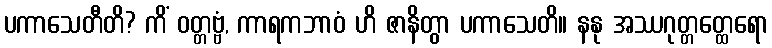
ပကာသေတီတိ? ကိံ ဝတ္တဗ္ဗံ, ကာရကဘာဝံ ဟိ ဇာနိတွာ ပကာသေတိ။ နနု အဿဂုတ္တတ္ထေရော